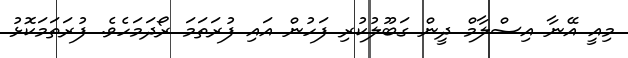
މިއީ އޭނާ އިސްލާމް ދީން ގަބޫލުކުރި ފަހުން އައި ފުރަތަމަ ރޯދަމަހެވެ. ފުރަތަމަކޮޅު